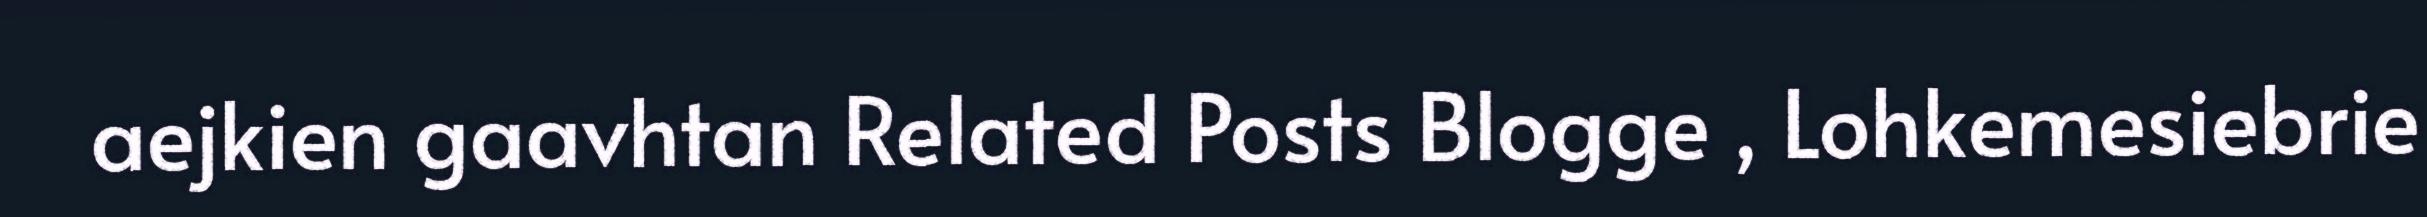
aejkien gaavhtan Related Posts Blogge , Lohkemesiebrie